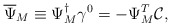
\begin{align*} \overline{\Psi}_M \equiv \Psi_M^{\dagger} \gamma^0 = - \Psi_M^T \mathcal{C} ,\end{align*}